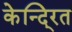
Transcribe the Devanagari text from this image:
केन्दि्रत